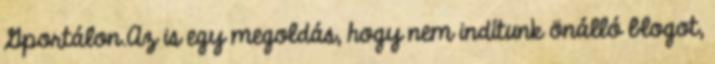
Gportálon.Az is egy megoldás, hogy nem indítunk önálló blogot,